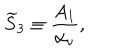
{ \widetilde S } _ { 3 } \equiv { \frac { A _ { 1 } } { \alpha _ { \nu } } } ,